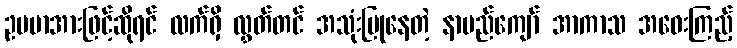
ဥပမာအားဖြင့်ဆိုရင် လက်ရှိ လွှတ်တင် အသုံးပြုနေတဲ့ နာမည်ကျော် အာကာသ အဝေးကြည့်